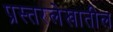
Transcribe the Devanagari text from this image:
प्रस्तरलेखातील